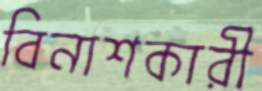
বিনাশকারী